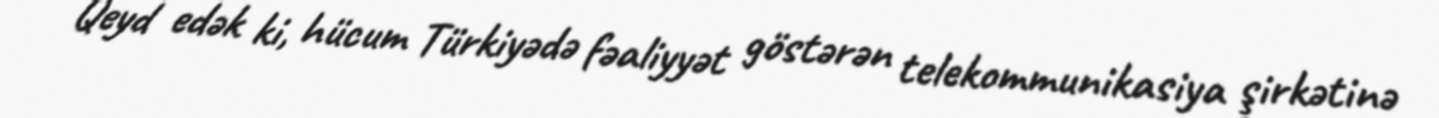
Qeyd edək ki, hücum Türkiyədə fəaliyyət göstərən telekommunikasiya şirkətinə